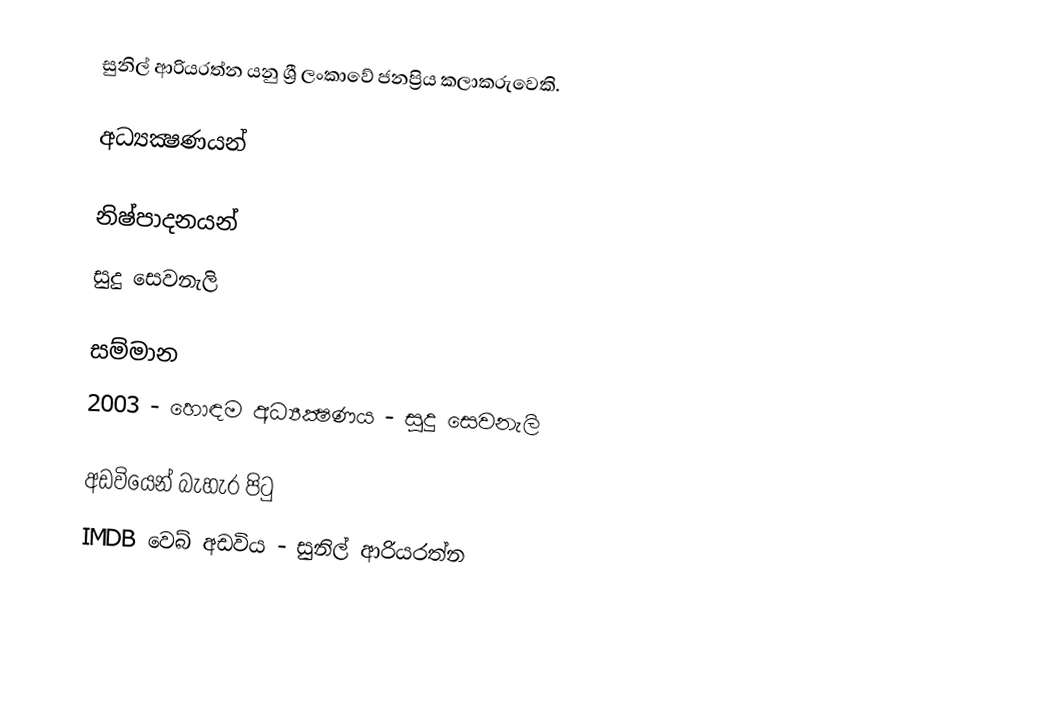
සුනිල් ආරියරත්න යනු ශ්‍රී ලංකාවේ ජනප්‍රිය කලාකරුවෙකි.

අධ්‍යක්‍ෂණයන්

නිෂ්පාදනයන්
 සුදු සෙවනැලි

සම්මාන
 2003 - හොඳම අධ්‍යක්‍ෂණය - සුදු සෙවනැලි

අඩවියෙන් බැහැර පිටු
 IMDB වෙබ් අඩවිය - සුනිල් ආරියරත්න